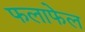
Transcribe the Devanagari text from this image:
फलाफेल